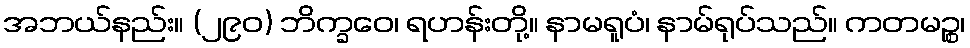
အဘယ်နည်း။ (၂၉၀) ဘိက္ခဝေ၊ ရဟန်းတို့။ နာမရူပံ၊ နာမ်ရုပ်သည်။ ကတမဉ္စ၊